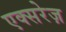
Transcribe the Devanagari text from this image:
एक्सरेज़